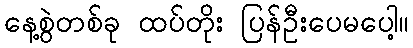
နေ့စွဲတစ်ခု ထပ်တိုး ပြန်ဦးပေမပေါ့။